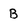
Character: B